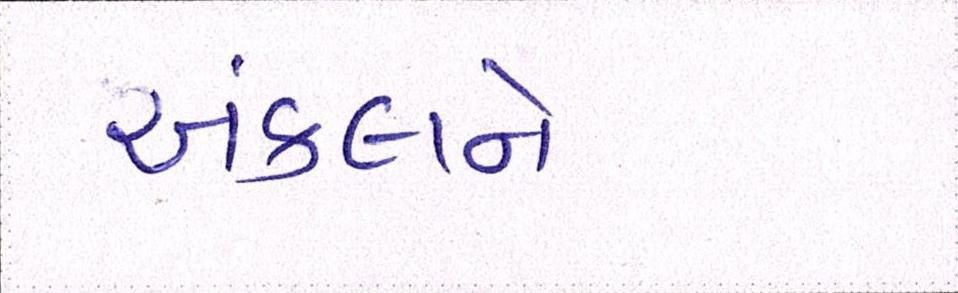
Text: અંકલને